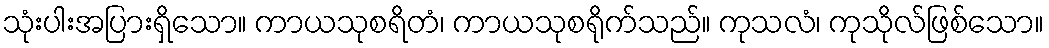
သုံးပါးအပြားရှိသော။ ကာယသုစရိတံ၊ ကာယသုစရိုက်သည်။ ကုသလံ၊ ကုသိုလ်ဖြစ်သော။